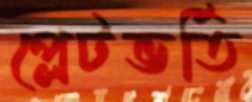
প্লেটভর্তি